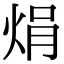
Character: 焆